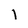
Character: l